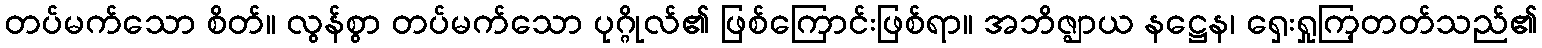
တပ်မက်သော စိတ်။ လွန်စွာ တပ်မက်သော ပုဂ္ဂိုလ်၏ ဖြစ်ကြောင်းဖြစ်ရာ။ အဘိဇ္ဈာယ နဋ္ဌေန၊ ရှေးရှုကြ့တတ်သည်၏